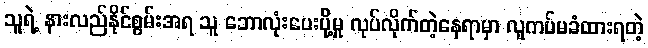
သူရဲ့ နားလည်နိုင်စွမ်းအရ သူ ဘောလုံးပေးပို့မှု လုပ်လိုက်တဲ့နေရာမှာ လူကပ်မခံထားရတဲ့